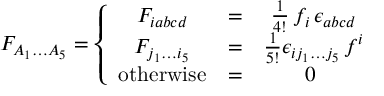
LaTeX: F _ { A _ { 1 } \dots A _ { 5 } } = \left\{ \begin{array} { c c c } { { F _ { i a b c d } } } & { { = } } & { { \frac { 1 } { 4 ! } \, f _ { i } \, \epsilon _ { a b c d } } } \\ { { F _ { j _ { 1 } \dots i _ { 5 } } } } & { { = } } & { { \frac { 1 } { 5 ! } \epsilon _ { i j _ { 1 } \dots j _ { 5 } } \, f ^ { i } } } \\ { { \mathrm { o t h e r w i s e } } } & { { = } } & { { 0 \ } } \end{array} \right.